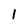
Character: 1